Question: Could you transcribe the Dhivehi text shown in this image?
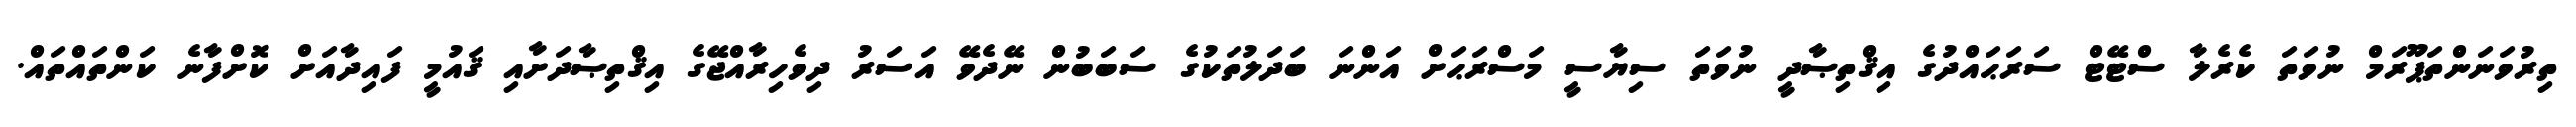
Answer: ތިރުވަނަންތަޕޫރަމް ނުވަތަ ކެރެލާ ސްޓޭޓް ސަރަޙައްދުގެ އިޤްތިޞާދީ ނުވަތަ ސިޔާސީ މަސްރަޙަށް އަންނަ ބަދަލުތަކުގެ ސަބަބުން ނޭދެވޭ އަސަރު ދިވެހިރާއްޖޭގެ އިޤްތިޞާދަށާއި ޤައުމީ ފައިދާއަށް ކޮށްފާނެ ކަންތައްތައް.